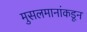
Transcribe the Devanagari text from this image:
मुसलमानांकडून